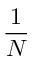
\frac 1 N